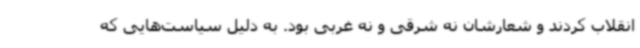
انقلاب کردند و شعارشان نه شرقی و نه غربی بود. به دلیل سیاست‌هایی که